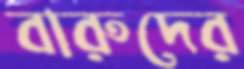
বারুদের